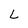
Character: L